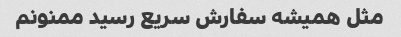
مثل همیشه سفارش سریع رسید ممنونم